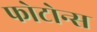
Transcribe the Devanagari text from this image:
फोटोन्स